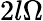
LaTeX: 2l\Omega